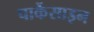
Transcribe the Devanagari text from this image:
पार्केसाइन